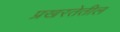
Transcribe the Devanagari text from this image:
प्रखरतेतील